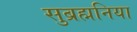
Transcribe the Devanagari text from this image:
सुब्रह्मनिया